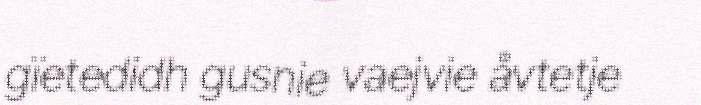
gïetedidh gusnie vaejvie åvtetje